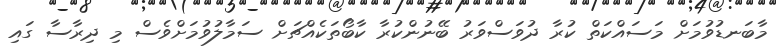
މާބަނޑުވުމަށް މަސައްކަތް ކުރާ ދުވަސްވަރު ބޭނުންކުރާ ކާބޯތަކެއްޗަށް ސަމާލުވުމަށްވެސް މި ދިރާސާ ގައި